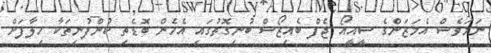
ނަމަވެސް އެމަޒަންގެ ސީއީއޯ ޖެފް ބެއިޒޯސް ބުނިގޮތުގައި އެހެން ބޮޑެތި ކުންފުނިތަކާ ހިލާފަށް